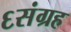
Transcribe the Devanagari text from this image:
६संग्रह